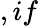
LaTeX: ,if